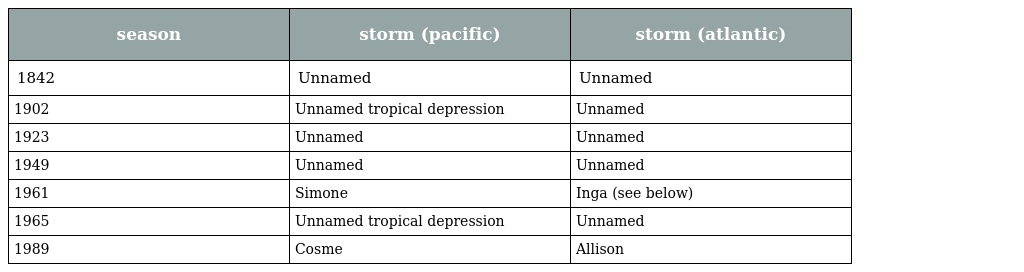
| season | storm (pacific) | storm (atlantic) |
 | --- | --- | --- |
 | 1842 | Unnamed | Unnamed |
 | 1902 | Unnamed tropical depression | Unnamed |
 | 1923 | Unnamed | Unnamed |
 | 1949 | Unnamed | Unnamed |
 | 1961 | Simone | Inga (see below) |
 | 1965 | Unnamed tropical depression | Unnamed |
 | 1989 | Cosme | Allison |